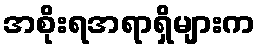
အစိုးရအရာရှိများက